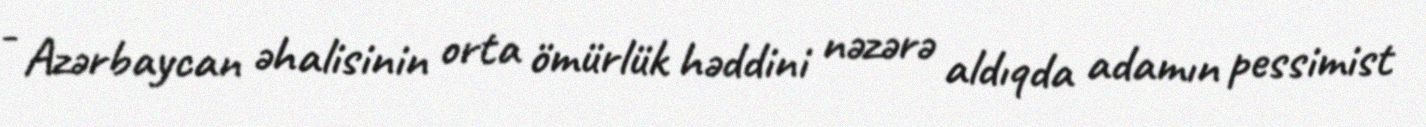
- Azərbaycan əhalisinin orta ömürlük həddini nəzərə aldıqda adamın pessimist